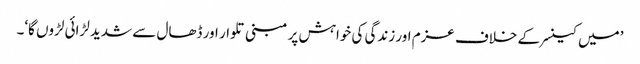
’میں کینسر کے خلاف عزم اور زندگی کی خواہش پر مبنی تلوار اور ڈھال سے شدید لڑائی لڑوں گا‘۔